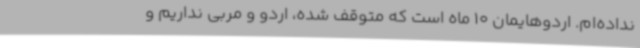
نداده‌ام. اردوهایمان 10 ماه است که متوقف شده، اردو و مربی نداریم و